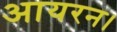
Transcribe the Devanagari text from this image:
आयरन।